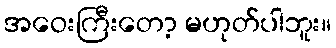
အဝေးကြီးတော့ မဟုတ်ပါဘူး။